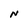
Character: N